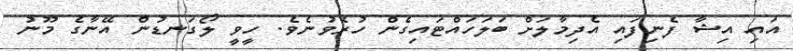
އައި އިޝާ ފެނިފައި އެދިމާލަށް ބަލަހައްޓައިގެން ހުރެވުނެވެ. ހީވީ ލޯގަނޑުން އޭނާގެ މޫނު